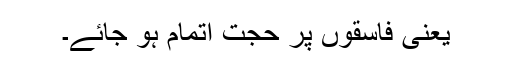
یعنی فاسقوں پر حجت اتمام ہو جائے۔